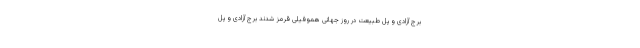
برج آزادی و پل طبیعت در روز جهانی هموفیلی قرمز شدند برج آزادی و پل